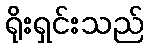
ရိုးရှင်းသည်